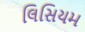
લિસિયમ